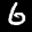
Label: 6